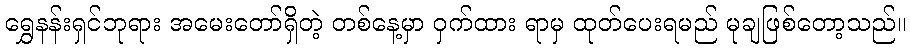
ရွှေနန်းရှင်ဘုရား အမေးတော်ရှိတဲ့ တစ်နေ့မှာ ဝှက်ထား ရာမှ ထုတ်ပေးရမည် မုချဖြစ်တော့သည်။